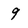
Character: 9